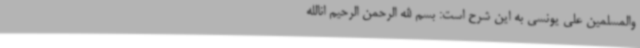
والمسلمین علی یونسی به این شرح است: بسم الله الرحمن الرحیم انالله